Vaccine operations Central Provinces 1900-1911 - 1900-1911
Year: 1900
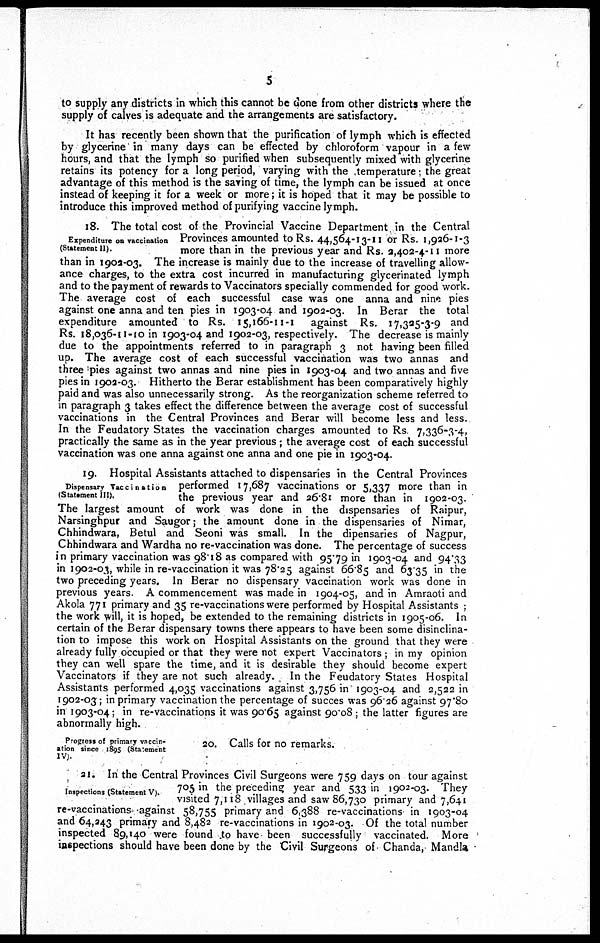
5
to supply any districts in which this cannot be done from other districts where the
supply of calves is adequate and the arrangements are satisfactory.
It has recently been shown that the purification of lymph which is effected
by glycerine in many days can be effected by chloroform vapour in a few
hours, and that the lymph so purified when subsequently mixed with glycerine
retains its potency for a long period, varying with the temperature; the great
advantage of this method is the saving of time, the lymph can be issued at once
instead of keeping it for a week or more; it is hoped that it may be possible to
introduce this improved method of purifying vaccine lymph.
Expenditure on vaccination
(Statement II).
18. The total cost of the Provincial Vaccine Department in the Central
Provinces amounted to Rs. 44,564-13-11 or Rs. 1,926-1-3
more than in the previous year and Rs. 2,402-4-11 more
than in 1902-03. The increase is mainly due to the increase of travelling allow-
ance charges, to the extra cost incurred in manufacturing glycerinated lymph
and to the payment of rewards to Vaccinators specially commended for good work.
The average cost of each successful case was one anna and nine pies
against one anna and ten pies in 1903-04 and 1902-03. In Berar the total
expenditure amounted to Rs. 15,166-11-1 against Rs. 17,325-3-9 and
Rs. 18,036-11-10 in 1903-04 and 1902-03, respectively. The decrease is mainly
due to the appointments referred to in paragraph 3 not having been filled
up. The average cost of each successful vaccination was two annas and
three pies against two annas and nine pies in 1903-04 and two annas and five
pies in 1902-03. Hitherto the Berar establishment has been comparatively highly
paid and was also unnecessarily strong. As the reorganization scheme referred to
in paragraph 3 takes effect the difference between the average cost of successful
vaccinations in the Central Provinces and Berar will become less and less.
In the Feudatory States the vaccination charges amounted to Rs 7,336-3-4,
practically the same as in the year previous; the average cost of each successful
vaccination was one anna against one anna and one pie in 1903-04.
Dispensary Vaccination
(Statement III).
19. Hospital Assistants attached to dispensaries in the Central Provinces
performed 17,687 vaccinations or 5,337 more than in
the previous year and 26.81 more than in 1902-03.
The largest amount of work was done in the dispensaries of Raipur,
Narsinghpur and Saugor; the amount done in the dispensaries of Nimar,
Chhindwara, Betul and Seoni was small. In the dipensaries of Nagpur,
Chhindwara and Wardha no re-vaccination was done. The percentage of success
in primary vaccination was 98.18 as compared with 95.79 in 1903-04 and 94.33
in 1902-03, while in re-vaccination it was 78.25 against 66.85 and 63.35 in the
two preceding years. In Berar no dispensary vaccination work was done in
previous years. A commencement was made in 1904-05, and in Amraoti and
Akola 771 primary and 35 re-vaccinations were performed by Hospital Assistants ;
the work will, it is hoped, be extended to the remaining districts in 1905-06. In
certain of the Berar dispensary towns there appears to have been some disinclina-
tion to impose this work on Hospital Assistants on the ground that they were
already fully occupied or that they were not expert Vaccinators ; in my opinion
they can well spare the time, and it is desirable they should become expert
Vaccinators if they are not such already. In the Feudatory States Hospital
Assistants performed 4,035 vaccinations against 3,756 in 1903-04 and 2,522 in
1902-03 ; in primary vaccination the percentage of succes was 96.26 against 97.80
in 1903-04; in re-vaccinations it was 90.65 against 90.08 ; the latter figures are
abnormally high.
Progress of primary vaccin-
ation since 1895 (Statement
IV).
20. Calls for no remarks.
Inspections (Statement V).
21. In the Central Provinces Civil Surgeons were 759 days on tour against
705 in the preceding year and 533 in 1902-03. They
visited 7,118 villages and saw 86,730 primary and 7,641
re-vaccinations against 58,755 primary and 6,388 re-vaccinations in 1903-04
and 64,243 primary and 8,482 re-vaccinations in 1902-03. Of the total number
inspected 89,140 were found to have been successfully vaccinated. More
inspections should have been done by the Civil Surgeons of Chanda, Mandla